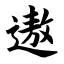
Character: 遨